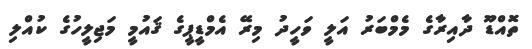
ތޮއްޑޫ ދާއިރާގެ މެމްބަރު އަލީ ވަހީދު މިރޭ އެމްޑީޕީގެ ޤައުމީ މަޖިލީހުގެ ކުއްލި